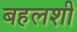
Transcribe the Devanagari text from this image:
बहलशी